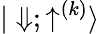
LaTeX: {|\Downarrow;\uparrow^{(k)}\rangle}